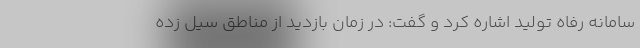
سامانه رفاه تولید اشاره کرد و گفت: در زمان بازدید از مناطق سیل زده